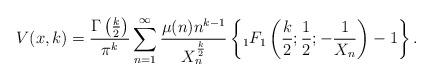
LaTeX: \begin{align*}V(x, k) = \frac{\Gamma\left( \frac{k}{2} \right)}{\pi^k} \sum_{n=1}^\infty \frac{ \mu(n) n^{k-1} }{X_n^{ \frac{k}{2}} } \left\{ {}_1F_{1} \left( \frac{k}{2}; \frac{1}{2}; - \frac{1}{X_n} \right) -1 \right\}.\end{align*}